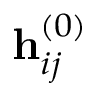
\mathbf { h } _ { i j } ^ { ( 0 ) }